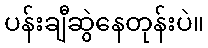
ပန်းချီဆွဲနေတုန်းပဲ။